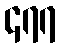
၄၇၇